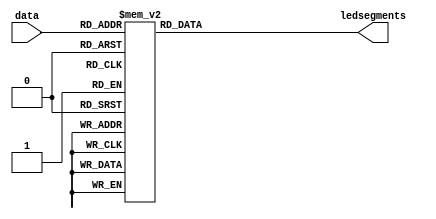
module sevenseg(data,ledsegments);
	input [3:0] data;
	output [6:0]ledsegments;
	reg[6:0] ledsegments;
	
	always@(*)
		case(data)
			0:ledsegments=7'b100_0000;
			1:ledsegments=7'b111_1001;
			2:ledsegments=7'b010_0100;
			3:ledsegments=7'b011_0000;
			4:ledsegments=7'b001_1001;
			5:ledsegments=7'b001_0010;
			6:ledsegments=7'b000_0010;
			7:ledsegments=7'b111_1000;
			8:ledsegments=7'b000_0000;
			9:ledsegments=7'b001_0000;
		default:ledsegments=7'b111_1111;
		endcase
endmodule